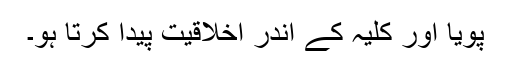
پویا اور کلیہ کے اندر اخلاقیت پیدا کرتا ہو۔